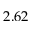
2 . 6 2